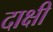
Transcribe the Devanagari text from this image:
दाक्षी